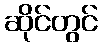
ဆိုင်တွင်